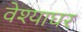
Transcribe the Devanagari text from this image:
वेश्याघर